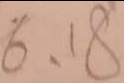
6 , 1 8